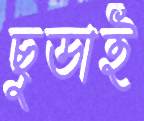
ছুডাই